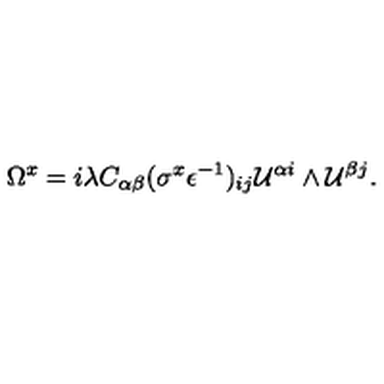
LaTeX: \Omega ^ { x } = i \lambda C _ { \alpha \beta } ( \sigma ^ { x } \epsilon ^ { - 1 } ) _ { i j } { \cal U } ^ { \alpha i } \wedge { \cal U } ^ { \beta j } .